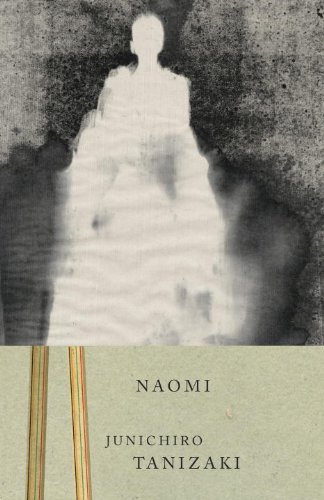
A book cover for Naomi; Junichiro Tanizaki; Literature & Fiction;